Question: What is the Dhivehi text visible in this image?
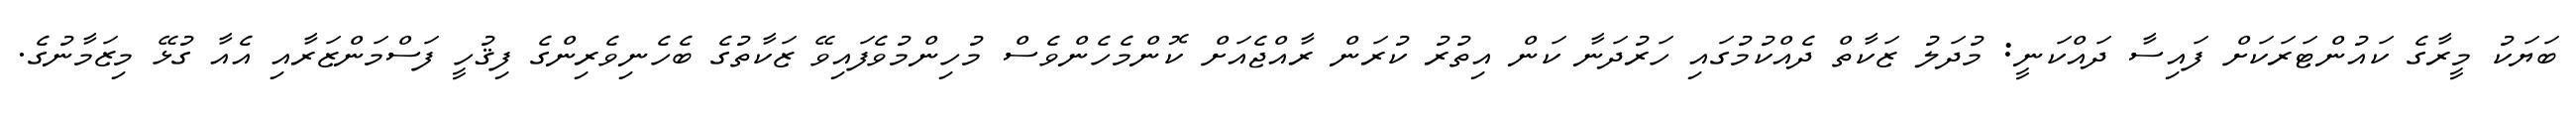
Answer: ބަޔަކު މީރާގެ ކައުންޓަރަކަށް ފައިސާ ދައްކަނީ: މުދަލު ޒަކާތް ދެއްކުމުގައި ހަރުދަނާ ކަން އިތުރު ކުރަން ރާއްޖެއަށް ކޮންމެހެންވެސް މުހިންމުވެފައިވޭ ޒަކާތުގެ ބެހެނިވެރިންގެ ފިޤުހީ ފަސްމަންޒަރާއި އެއާ ގުޅޭ މިޒަމާނުގެ.